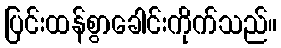
ပြင်းထန်စွာခေါင်းကိုက်သည်။